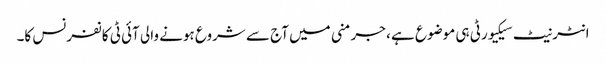
انٹرنیٹ سیکیورٹی ہی موضوع ہے ، جرمنی میں آج سے شروع ہونے والی آئی ٹی کانفرنس کا۔